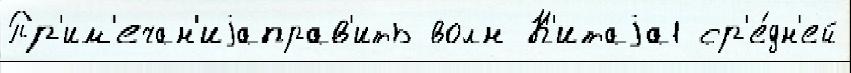
Пр'им'ечан'иjаправ'ить волн К'итаjа1 ср'е́дн'ей